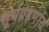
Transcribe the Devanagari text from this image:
सूर्यग्रहणांत